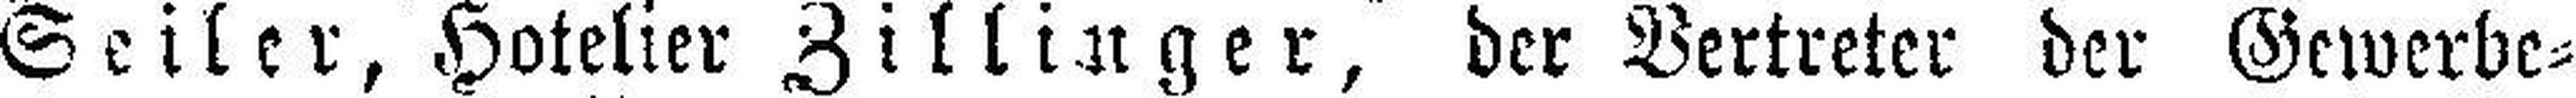
Seiler, Hotelier Zillinger, der Vertreter der Gewerbe=